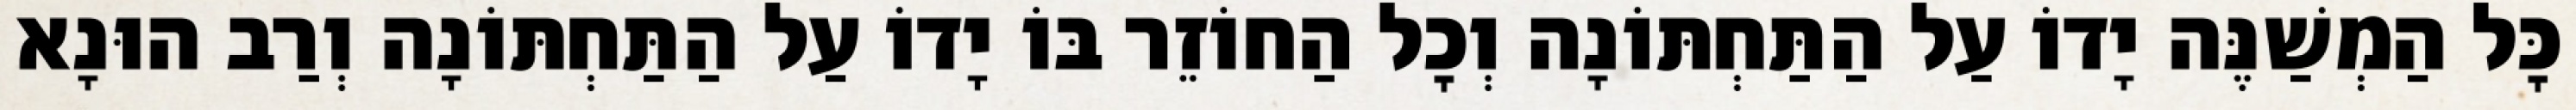
כׇּל הַמְשַׁנֶּה יָדוֹ עַל הַתַּחְתּוֹנָה וְכׇל הַחוֹזֵר בּוֹ יָדוֹ עַל הַתַּחְתּוֹנָה וְרַב הוּנָא